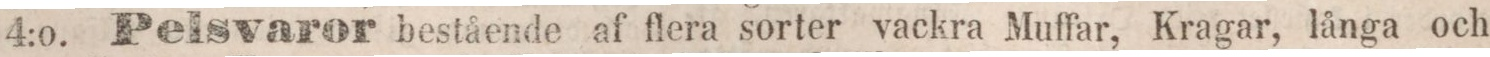
4:o. Pelsvaror bestående af flera sorter vackra Muffar, Kragar, långa och